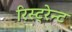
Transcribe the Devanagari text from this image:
रिस्ट्रेन्ट